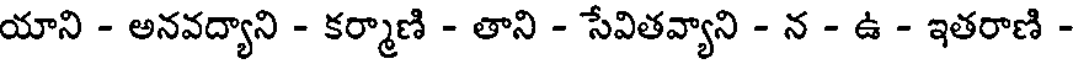
యాని - అనవద్యాని - కర్మాణి - తాని - సేవితవ్యాని - న - ఉ - ఇతరాణి -